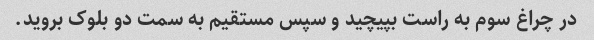
در چراغ سوم به راست بپیچید و سپس مستقیم به سمت دو بلوک بروید.